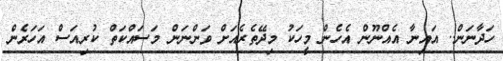
ހަދާނަން.. އައިނާ އެއްނޫން އެހެން މީހަކު މިދޭތެރެއަށް ވަންނަން މަސައްކަތް ކުރިއަސް އަހަރެން